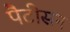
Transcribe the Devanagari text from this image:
पैटीसन